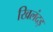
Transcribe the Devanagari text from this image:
खिलंदड़